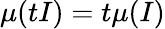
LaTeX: \mu(tI)=t\mu(I)